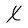
Character: X